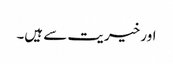
اور خیریت سے ہیں۔